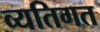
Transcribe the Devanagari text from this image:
व्यतिगत